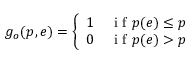
g _ { o } ( p , e ) = \left\{ \begin{array} { l l } { 1 } & { \mathrm { ~ i ~ f ~ } p ( e ) \leq p } \\ { 0 } & { \mathrm { ~ i ~ f ~ } p ( e ) > p } \end{array} \right.